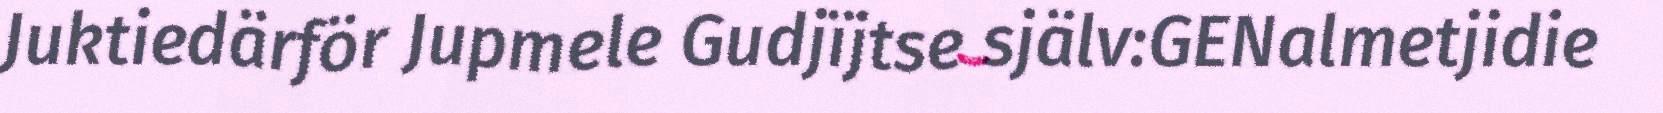
Juktiedärför Jupmele Gudjïjtse själv:GENalmetjidie